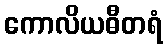
ကောလိယဓီတရံ